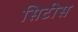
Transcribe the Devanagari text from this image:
सिटीस